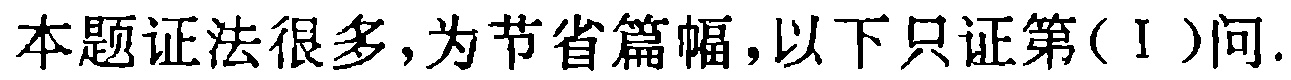
本题证法很多,为节省篇幅,以下只证第(Ⅰ)问.